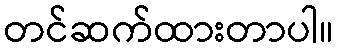
တင်ဆက်ထားတာပါ။